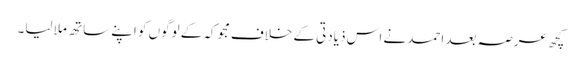
کچھ عرصہ بعد احمد نے اس ذیادتی کے خلاف مجوکہ کے لوگوں کو اپنے ساتھ ملا لیا۔